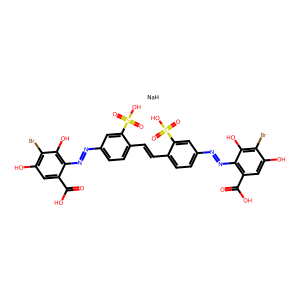
SMILES: O=C(O)c1cc(O)c(Br)c(O)c1N=Nc1ccc(C=Cc2ccc(N=Nc3c(C(=O)O)cc(O)c(Br)c3O)cc2S(=O)(=O)O)c(S(=O)(=O)O)c1.[NaH]
Inhibits HIV replication: Yes